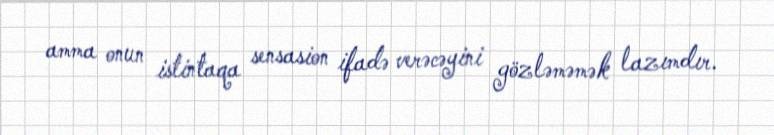
amma onun istintaqa sensasion ifadə verəcəyini gözləməmək lazımdır.